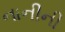
નાનીની